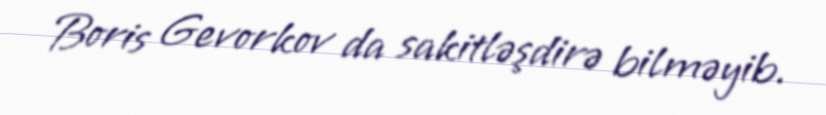
Boris Gevorkov da sakitləşdirə bilməyib.